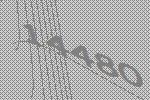
14480